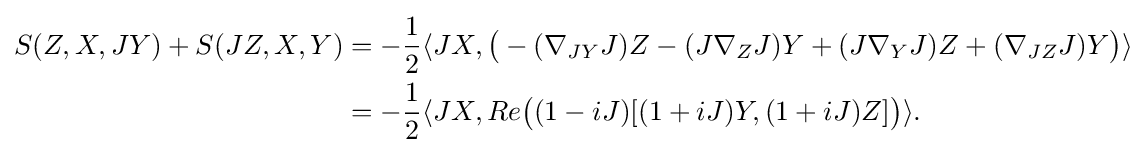
{\begin{aligned}S(Z,X,JY)+S(JZ,X,Y)&=-{\frac {1}{2}}\langle JX,{\big (}-(\nabla _{JY}J)Z-(J\nabla _{Z}J)Y+(J\nabla _{Y}J)Z+(\nabla _{JZ}J)Y{\big )}\rangle \\&=-{\frac {1}{2}}\langle JX,Re{\big (}(1-iJ)[(1+iJ)Y,(1+iJ)Z]{\big )}\rangle .\end{aligned}}